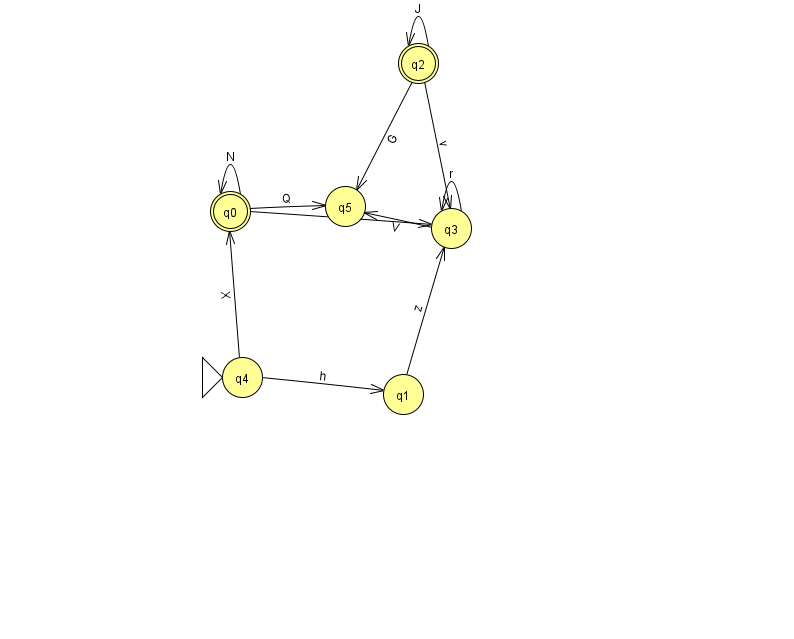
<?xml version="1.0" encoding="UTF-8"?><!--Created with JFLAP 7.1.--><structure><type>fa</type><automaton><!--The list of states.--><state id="0" name="q0"><x>230.0</x><y>198.0</y><final/></state><state id="1" name="q1"><x>403.0</x><y>381.0</y></state><state id="2" name="q2"><x>418.0</x><y>50.0</y><final/></state><state id="3" name="q3"><x>451.0</x><y>215.0</y></state><state id="4" name="q4"><x>242.0</x><y>364.0</y><initial/></state><state id="5" name="q5"><x>345.0</x><y>193.0</y></state><!--The list of transitions.--><transition><from>3</from><to>3</to><read>r</read></transition><transition><from>4</from><to>1</to><read>h</read></transition><transition><from>1</from><to>3</to><read>z</read></transition><transition><from>2</from><to>5</to><read>G</read></transition><transition><from>2</from><to>2</to><read>J</read></transition><transition><from>0</from><to>3</to><read>h</read></transition><transition><from>0</from><to>5</to><read>Q</read></transition><transition><from>4</from><to>0</to><read>X</read></transition><transition><from>0</from><to>0</to><read>N</read></transition><transition><from>3</from><to>5</to><read>V</read></transition><transition><from>2</from><to>3</to><read>v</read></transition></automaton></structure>